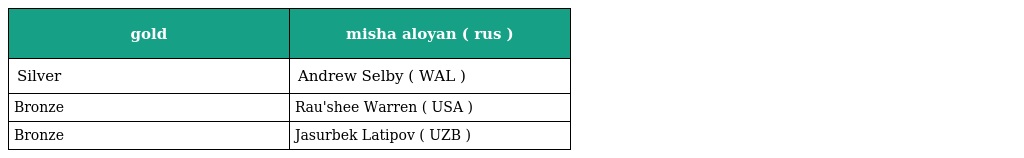
| gold | misha aloyan ( rus ) |
 | --- | --- |
 | Silver | Andrew Selby ( WAL ) |
 | Bronze | Rau'shee Warren ( USA ) |
 | Bronze | Jasurbek Latipov ( UZB ) |